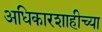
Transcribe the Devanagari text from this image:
अधिकारशाहीच्या